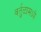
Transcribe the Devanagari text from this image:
वर्तुळामध्ये